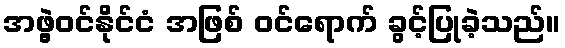
အဖွဲ့ဝင်နိုင်ငံ အဖြစ် ဝင်ရောက် ခွင့်ပြုခဲ့သည်။